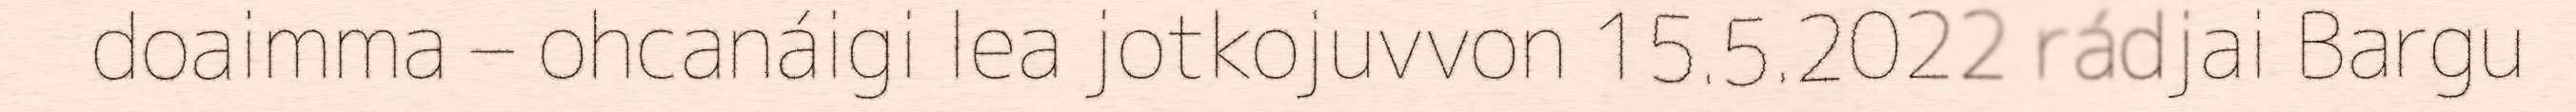
doaimma – ohcanáigi lea jotkojuvvon 15.5.2022 rádjai Bargu